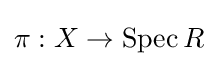
\pi :X\to \operatorname {Spec} R